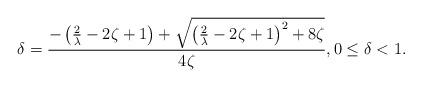
LaTeX: \begin{align*}\delta =\frac{-\left( \frac{2}{\lambda }-2\zeta +1\right) +\sqrt{\left( \frac{2}{\lambda }-2\zeta +1\right) ^{2}+8\zeta }}{4\zeta },0\leq \delta <1.\end{align*}